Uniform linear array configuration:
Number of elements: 12
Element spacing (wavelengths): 0.75
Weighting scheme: exponential
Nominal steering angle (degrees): -30
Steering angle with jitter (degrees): -30.19
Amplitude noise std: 0.05
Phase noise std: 0.05

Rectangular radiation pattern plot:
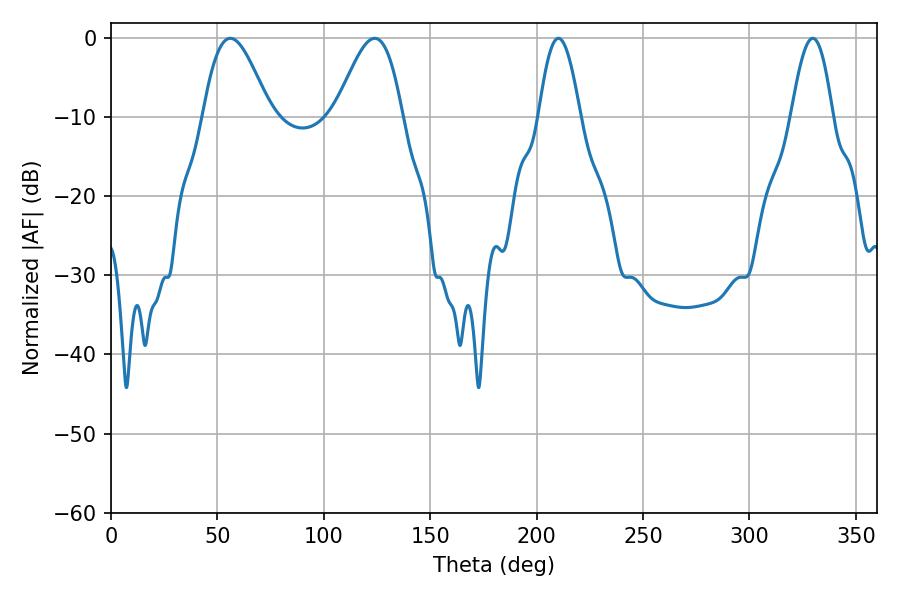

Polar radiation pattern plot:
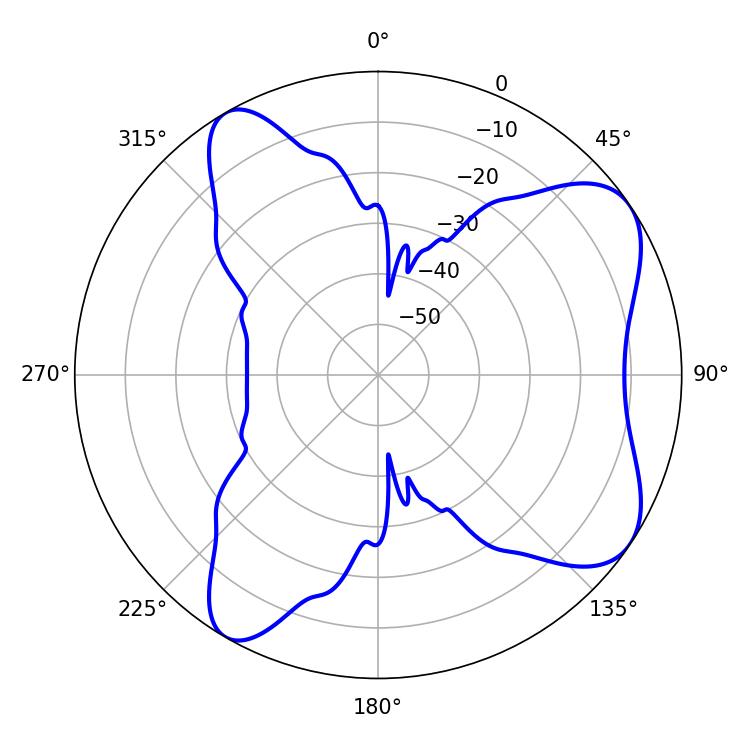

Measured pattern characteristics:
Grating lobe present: TRUE
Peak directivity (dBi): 7.292
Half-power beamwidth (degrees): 10.44
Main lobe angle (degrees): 210.24